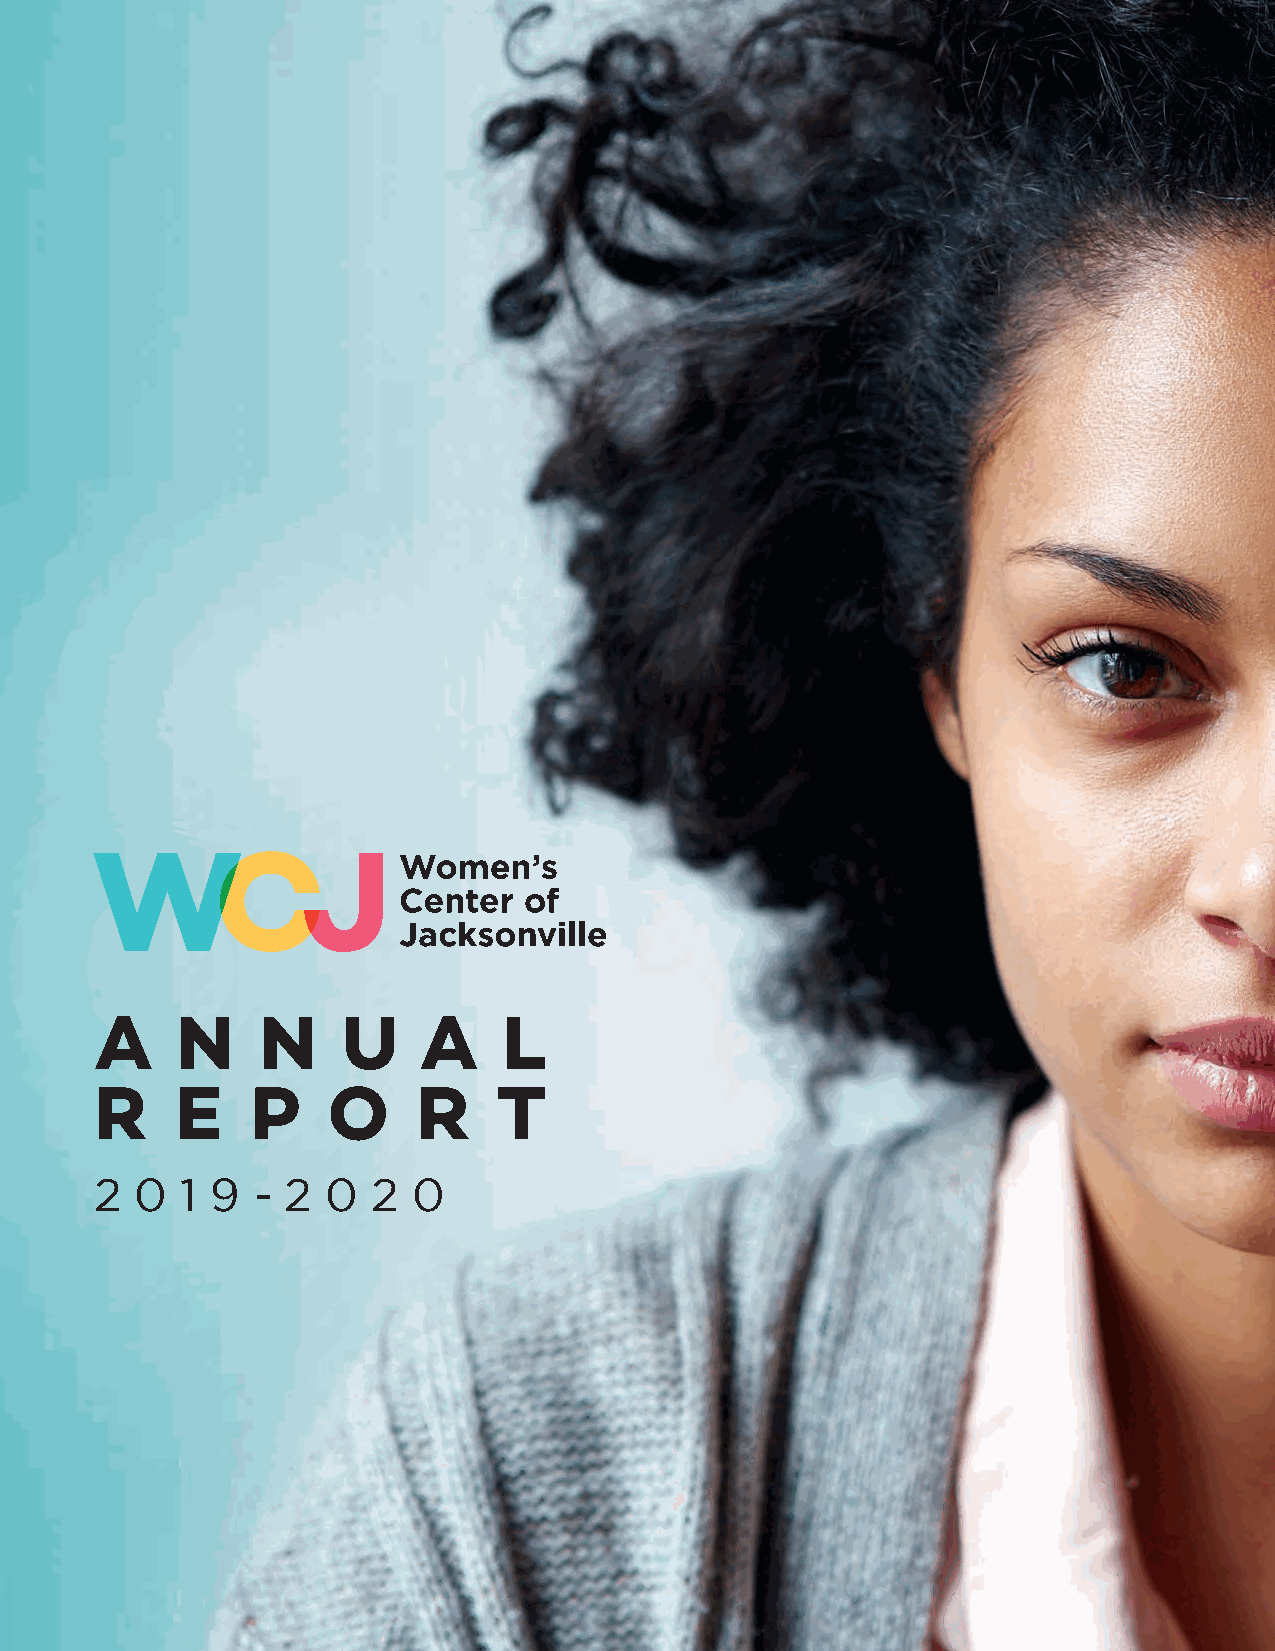
A     N    N     U    A    L
 R     E    P    O     R    T
 2  0  1 9  - 2  0  2 0
 5